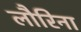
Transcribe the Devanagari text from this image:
लौरिना